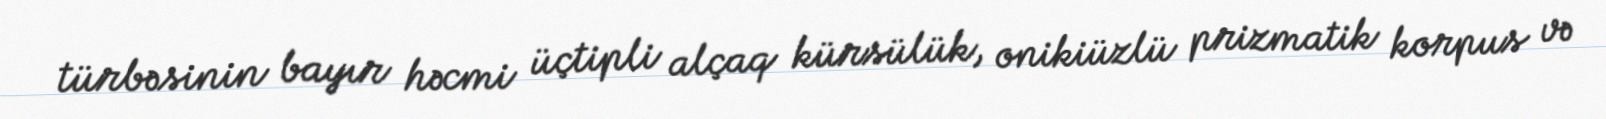
türbəsinin bayır həcmi üçtipli alçaq kürsülük, onikiüzlü prizmatik korpus və